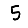
Digit: 5